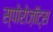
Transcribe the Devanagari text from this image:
स्पोरोज़ॉट्स